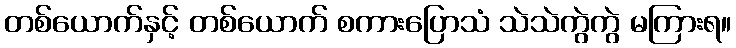
တစ်ယောက်နှင့် တစ်ယောက် စကားပြောသံ သဲသဲကွဲကွဲ မကြားရ။